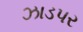
ઝાડપર